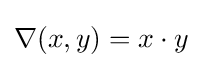
\nabla (x,y)=x\cdot y